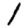
Digit: 1